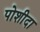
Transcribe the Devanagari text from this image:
पोशीदा